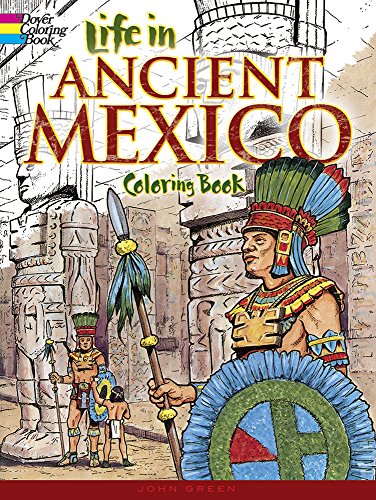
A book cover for Life in Ancient Mexico Coloring Book (Dover History Coloring Book); John Green; Children's Books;